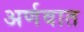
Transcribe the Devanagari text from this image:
अर्णवात